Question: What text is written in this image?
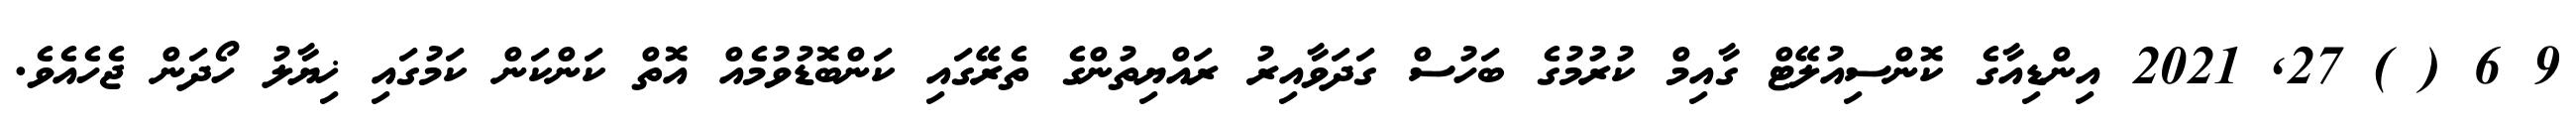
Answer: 9 6 ( ) 27, 2021 އިންޑިއާގެ ކޮންސިއުލޭޓް ގާއިމް ކުރުމުގެ ބަހުސް ގަދަވާއިރު ރައްޔިތުންގެ ތެރޭގައި ކަންބޮޑުވުމެއް އޮތް ކަންކަން ކަމުގައި ޚިޔާލު ހޯދަން ޖެހެއެވެ.